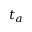
t _ { a }